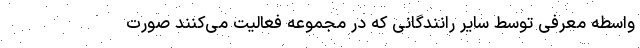
واسطه معرفی توسط سایر رانندگانی که در مجموعه فعالیت می‌کنند صورت